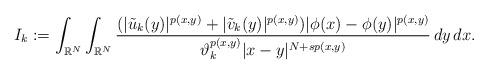
LaTeX: \begin{align*}I_{k}:= \int_{\mathbb{R}^{N}}\int_{\mathbb{R}^{N}}\frac{(|\tilde{u}_k(y)|^{p(x,y)}+|\tilde{v}_k(y)|^{p(x,y)})| \phi (x)- \phi (y)|^{p(x,y)}}{\vartheta_{k}^{p(x,y)}|x-y|^{N+sp(x,y)}} \,dy\,dx.\end{align*}